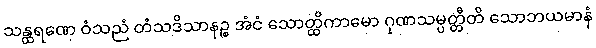
သန္ထရဏေ ဝံသညံ တံသဒိသာနဉ္စ အံငံ သောတ္ထိကာမော ဂုဏသမ္ပတ္တီတိ သောဘယမာနံ